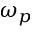
\omega _ { p }